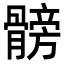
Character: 髈